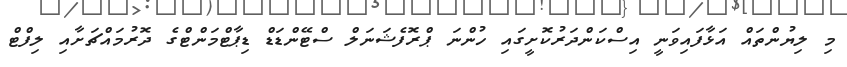
މި ލިޔުންތައް އަޅާފައިވަނީ އިސްކަންދަރުކޮށީގައި ހުންނަ ޕްރޮފެޝަނަލް ސްޓޭންޑަޑް ޑިޕާޓްމަންޓްގެ ދޮރުމައްޗަށާއި ލިފްޓް